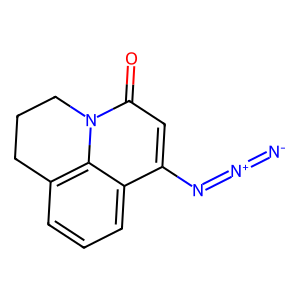
SMILES: [N-]=[N+]=Nc1cc(=O)n2c3c(cccc13)CCC2
Inhibits HIV replication: No